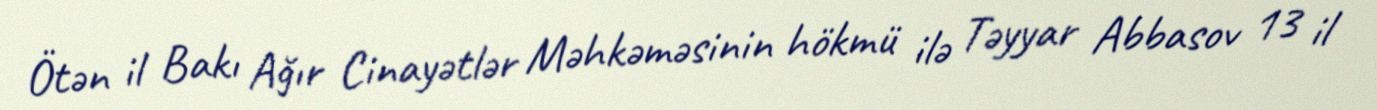
Ötən il Bakı Ağır Cinayətlər Məhkəməsinin hökmü ilə Təyyar Abbasov 13 il